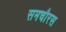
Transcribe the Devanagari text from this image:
समचौरस